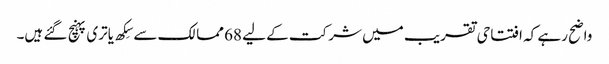
واضح رہے کہ افتتاحی تقریب میں شرکت کے لیے 68 ممالک سے سِکھ یاتری پہنچ گئے ہیں۔